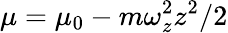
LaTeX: \mu=\mu_{0}-m\omega_{z}^{2}z^{2}/2